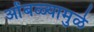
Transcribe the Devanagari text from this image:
ओंबळ्यामुळे